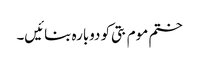
ختم موم بتی کو دوبارہ بنائیں۔